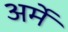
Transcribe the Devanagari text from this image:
अर्मे